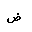
Letter: _dad